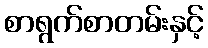
စာရွက်စာတမ်းနှင့်